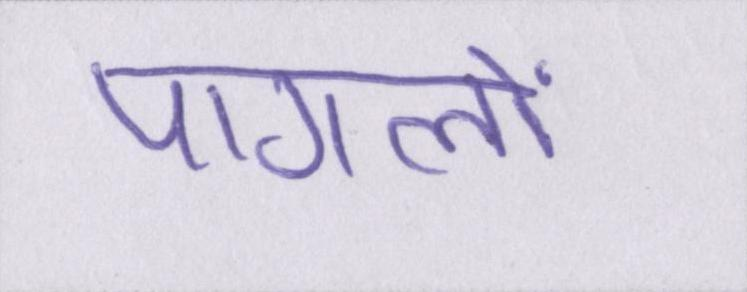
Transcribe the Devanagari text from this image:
पागलों